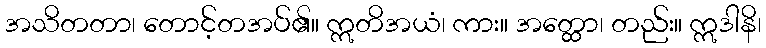
အသိတတာ၊ တောင့်တအပ်၏။ ဣတိအယံ၊ ကား။ အတ္ထော၊ တည်း။ ဣဒါနိ၊